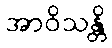
အာဝိသန္တိ